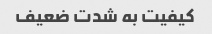
کیفیت به شدت ضعیف